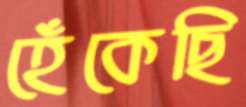
হেঁকেছি